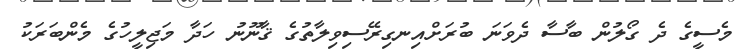
މެސީގެ ދެ ގޯލުން ބާސާ ދެވަނަ ބުރަށްއިނގިރޭސިވިލާތުގެ ޤާނޫނު ހަދާ މަޖިލީހުގެ މެންބަރަކު